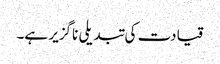
قیادت کی تبدیلی ناگزیر ہے۔